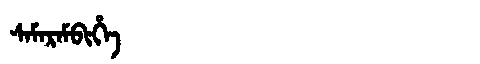
Manchu: ᠰᠠᠮᠠᡵᠠᠮᠪᡳᡥᡝ
Romanization: SAMARAMBIHE